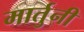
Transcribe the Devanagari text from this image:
मार्तुनी